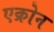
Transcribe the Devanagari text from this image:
एक्रोन